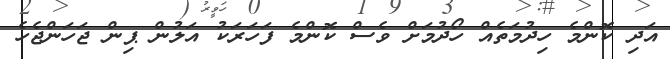
އަދި ކޮންމެ ހިދުމަތެއް ހޯދުމަށް ވެސް ކޮންމެ ފަހަރަކު އަލުން ޕިން ޖަހަންޖެހެ